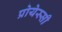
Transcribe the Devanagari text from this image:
प्रोयेस्सी